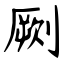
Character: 劂